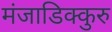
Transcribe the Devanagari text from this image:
मंजाडिक्कुरु